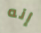
إنه